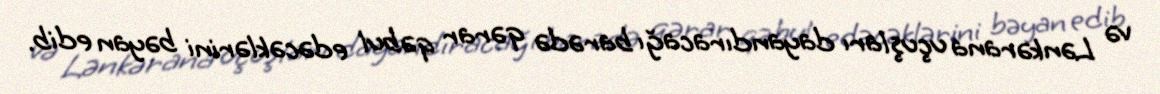
və Lənkərana uçuşları dayandıracağı barədə qərar qəbul edəcəklərini bəyan edib.